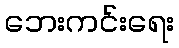
ဘေးကင်းရေး